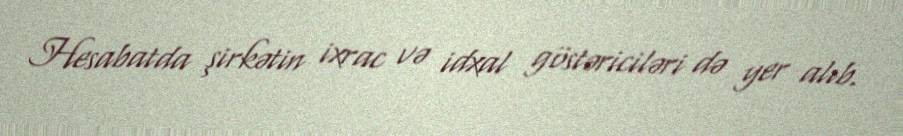
Hesabatda şirkətin ixrac və idxal göstəriciləri də yer alıb.